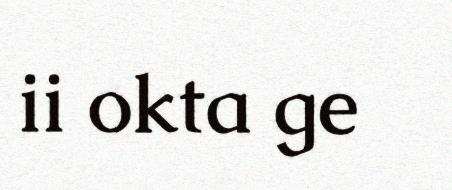
ii okta ge